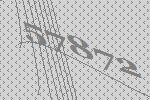
57872